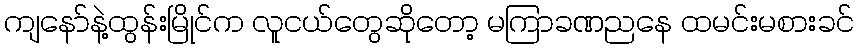
ကျနော်နဲ့ထွန်းမြိုင်က လူငယ်တွေဆိုတော့ မကြာခဏညနေ ထမင်းမစားခင်